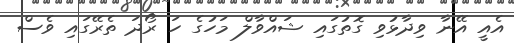
އެއީ އޭނާ ވިދާޅުވި ގޮތުގައި ޝައްވާލް މަހުގެ ހަ ރޯދަ ތެރޭގައި ވެސް